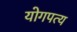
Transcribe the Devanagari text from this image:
योगपत्य